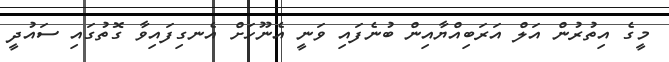
މީގެ އިތުރުން އަލް އަރަބިއްޔާއިން ބުނެފައި ވަނީ އެނޫހަށް އެނގިފައިވާ ގޮތުގައި ސައުދީ